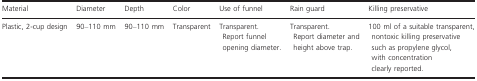
<table><thead><tr><td><b>Material</b></td><td><b>Diameter</b></td><td><b>Depth</b></td><td><b>Color</b></td><td><b>Use of funnel</b></td><td><b>Rain guard</b></td><td><b>Killing preservative</b></td></tr></thead><tbody><tr><td>Plastic, 2‐cup design</td><td>90–110 mm</td><td>90–110 mm</td><td>Transparent</td><td>Transparent.Report funnel opening diameter.</td><td>Transparent.Report diameter and height above trap.</td><td>100 ml of a suitable transparent, nontoxic killing preservative such as propylene glycol, with concentration clearly reported.</td></tr></tbody></table>